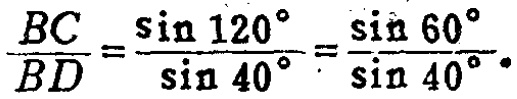
\(\frac{BC}{BD}=\frac{\sin 120^{\circ}}{\sin 40^{\circ}}=\frac{\sin 60^{\circ}}{\sin 40^{\circ}}.\)